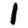
Digit: 1